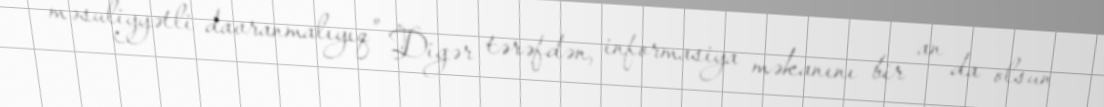
məsuliyyətli davranmalıyıq” Digər tərəfdən, informasiya məkanını bir an da olsun